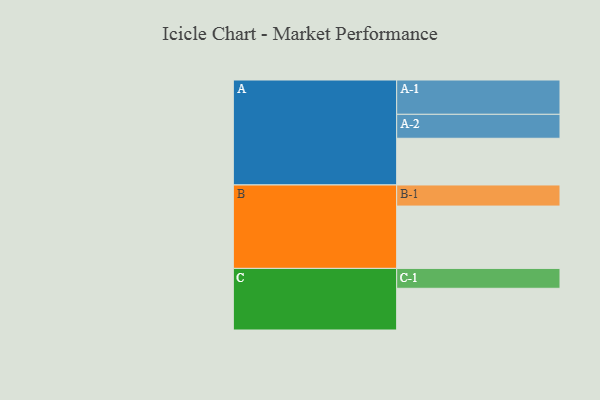
{"axis": {"x": "Segment", "y": "Value"}, "legend": ["", "A", "B", "C"], "data": [{"x": "A", "y": 392, "type": ""}, {"x": "B", "y": 523, "type": ""}, {"x": "C", "y": 350, "type": ""}, {"x": "A-1", "y": 288, "type": "A"}, {"x": "A-2", "y": 201, "type": "A"}, {"x": "B-1", "y": 177, "type": "B"}, {"x": "C-1", "y": 167, "type": "C"}]}